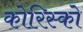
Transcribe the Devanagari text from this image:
कोरिस्को